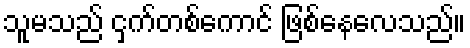
သူမသည် ငှက်တစ်ကောင် ဖြစ်နေလေသည်။